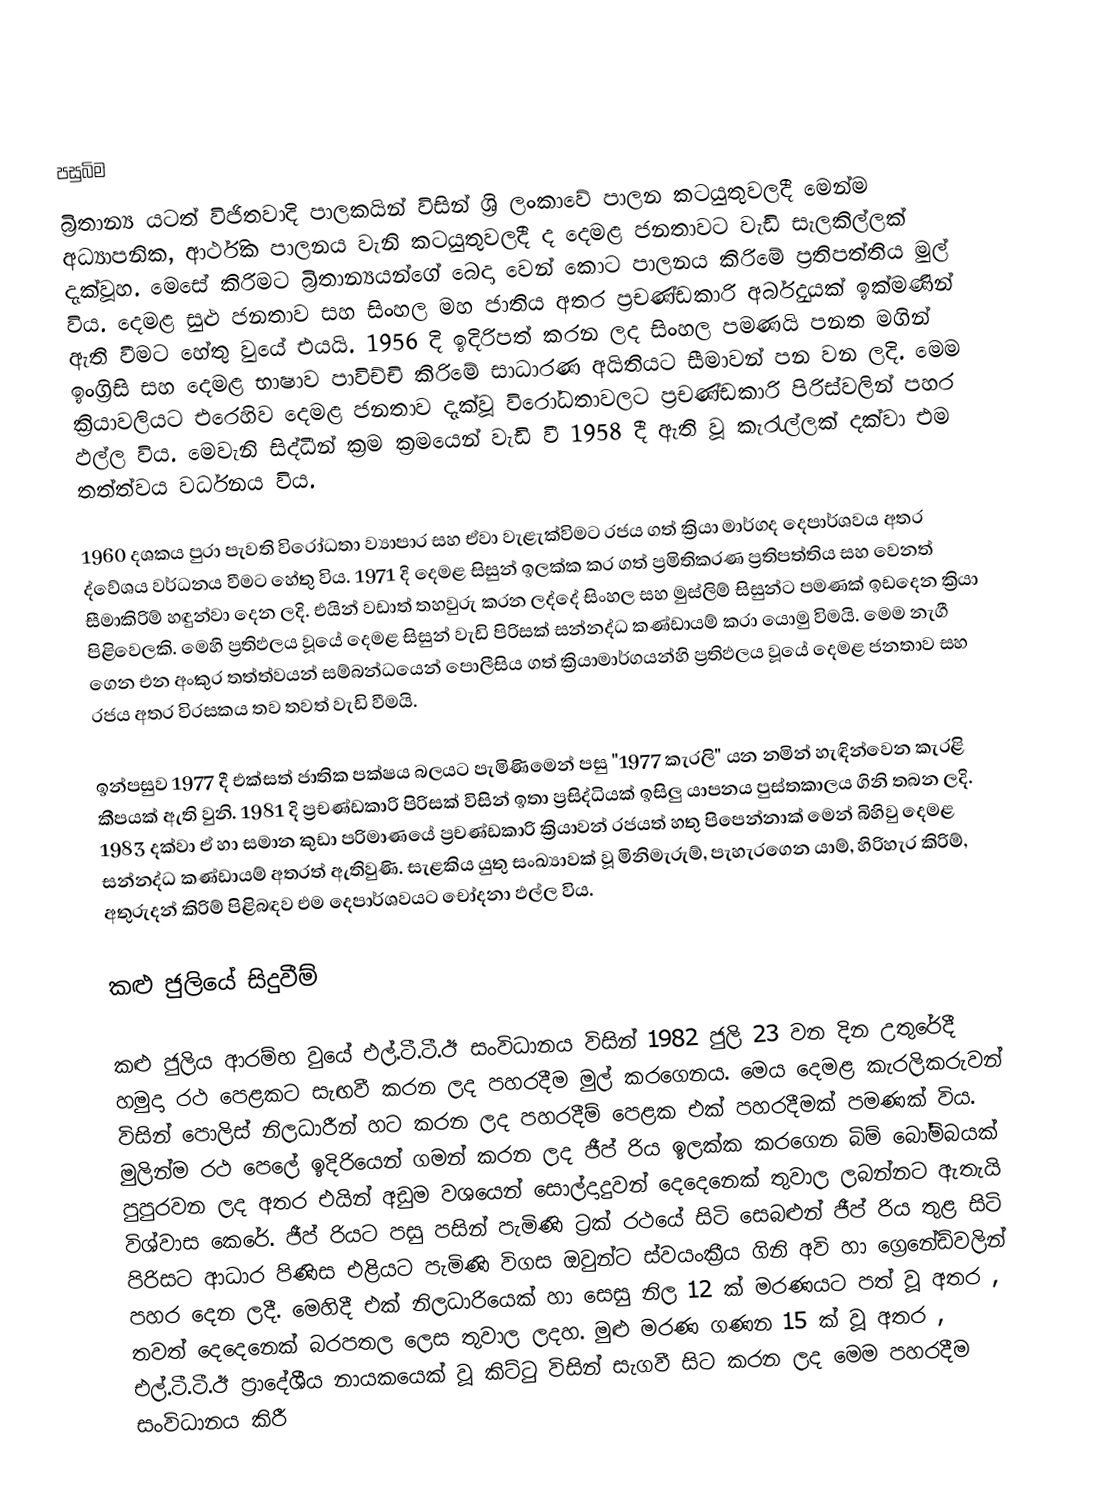

පසුබිම
බ්‍රිතාන්‍ය යටත් විජිතවාදි පාලකයින් විසින් ශ්‍රි ලංකාවේ පාලන කටයුතුවලදී මෙන්ම අධ්‍යාපනික, ආර්ථික පාලනය වැනි කටයුතුවලදී ද දෙමළ ජනතාවට වැඩි සැලකිල්ලක් දැක්වූහ. මෙසේ කිරිමට බ්‍රිතාන්‍යයන්ගේ බෙදා වෙන් කොට පාලනය කිරිමේ ප්‍රතිපත්තිය මුල් විය. දෙමළ සුළු ජනතාව සහ සිංහල මහ ජාතිය අතර ප්‍රචණ්ඩකාරි අර්බුදයක් ඉක්මණින් ඇති වීමට හේතු වුයේ එයයි. 1956 දි ඉදිරිපත් කරන ලද සිංහල පමණයි පනත මගින් ඉංග්‍රිසි සහ දෙමළ භාෂාව පාවිච්චි කිරිමේ සාධාරණ අයිතියට සීමාවන් පන වන ලදි. මෙම ක්‍රියාවලියට එරෙහිව දෙමළ ජනතාව දැක්වූ විරෝධතාවලට ප්‍රචණ්ඩකාරි පිරිස්වලින් පහර ඵල්ල විය. මෙවැනි සිද්ධීන් ක්‍රම ක්‍රමයෙන් වැඩි වී 1958 දී ඇති වූ කැරැල්ලක් දක්වා එම තත්ත්වය වර්ධනය විය.

1960 දශකය පුරා පැවති විරෝධතා ව්‍යාපාර සහ ඒවා වැළැක්විමට රජය ගත් ක්‍රියා මාර්ගද දෙපාර්ශවය අතර ද්වේශය වර්ධනය වීමට හේතු විය. 1971 දි දෙමළ සිසුන් ඉලක්ක කර ගත් ප්‍රමිතිකරණ ප්‍රතිපත්තිය සහ වෙනත් සීමාකිරිම් හඳුන්වා දෙන ලදි. එයින් වඩාත් තහවුරු කරන ලද්දේ සිංහල සහ මුස්ලිම් සිසුන්ට පමණක් ඉඩදෙන ක්‍රියා පිළිවෙලකි. මෙහි ප්‍රතිඵලය වූයේ දෙමළ සිසුන් වැඩි පිරිසක් සන්නද්ධ කණ්ඩායම් කරා යොමු විමයි. මෙම නැගී ගෙන එන අංකුර තත්ත්වයන් සම්බන්ධයෙන් පොලීසිය ගත් ක්‍රියාමාර්ගයන්හි ප්‍රතිඵලය වූයේ දෙමළ ජනතාව සහ රජය අතර විරසකය තව තවත් වැඩි වීමයි.

ඉන්පසුව 1977 දී එක්සත් ජාතික පක්ෂය බලයට පැමිණිමෙන් පසු "1977 කැරලි" යන නමින් හැඳින්වෙන කැරළි කීපයක් ඇති වුනි. 1981 දි ප්‍රචණ්ඩකාරි පිරිසක් විසින් ඉතා ප්‍රසිද්ධියක් ඉසිලු යාපනය පුස්තකාලය ගිනි තබන ලදි. 1983 දක්වා ඒ හා සමාන කුඩා පරිමාණයේ ප්‍රචණ්ඩකාරි ක්‍රියාවන් රජයත් හතු පිපෙන්නාක් මෙන් බිහිවු දෙමළ සන්නද්ධ කණ්ඩායම් අතරත් ඇතිවුණි. සැළකිය යුතු සංඛ්‍යාවක් වූ මිනිමැරුම්, පැහැරගෙන යාම්, හිරිහැර කිරිම්, අතුරුදන් කිරිම් පිළිබඳව එම දෙපාර්ශවයට චෝදනා ඵල්ල විය.

කළු ජුලියේ සිදුවීම්

කළු ජුලිය ආරම්භ වුයේ එල්.ටී.ටී.ඊ සංවිධානය විසින් 1982 ජුලි 23 වන දින උතුරේදී හමුදා රථ පෙළකට සැඟවී කරන ලද පහරදීම මුල් කරගෙනය. මෙය දෙමළ කැරලිකරුවන් විසින් පොලිස් නිලධාරීන් හට කරන ලද පහරදීම් පෙළක එක් පහරදීමක් පමණක් විය. මුලින්ම රථ පෙලේ ඉදිරියෙන් ගමන් කරන ලද ජීප් රිය ඉලක්ක කරගෙන බිම් බෝම්බයක් පුපුරවන ලද අතර එයින් අඩුම වශයෙන් සොල්දාදුවන් දෙදෙනෙක් තුවාල ලබන්නට ඇතැයි විශ්වාස කෙරේ. ජීප් රියට පසු පසින් පැමිණි ට්‍රක් රථයේ සිටි සෙබළුන් ජීප් රිය තුළ සිටි පිරිසට ආධාර පිණිස එළියට පැමිණි විගස ඔවුන්ට ස්වයංක්‍රීය ගිනි අවි හා ග්‍රෙනේඩ්වලින් පහර දෙන ලදී. මෙහිදී එක් නිලධාරියෙක් හා සෙසු නිල 12 ක් මරණයට පත් වූ අතර , තවත් දෙදෙනෙක් බරපතල ලෙස තුවාල ලදහ. මුළු මරණ ගණන 15 ක් වූ අතර , එල්.ටී.ටී.ඊ ප්‍රාදේශීය නායකයෙක් වූ කිට්ටු  විසින් සැගවී සිට කරන ලද මෙම පහරදීම සංවිධානය කිරී